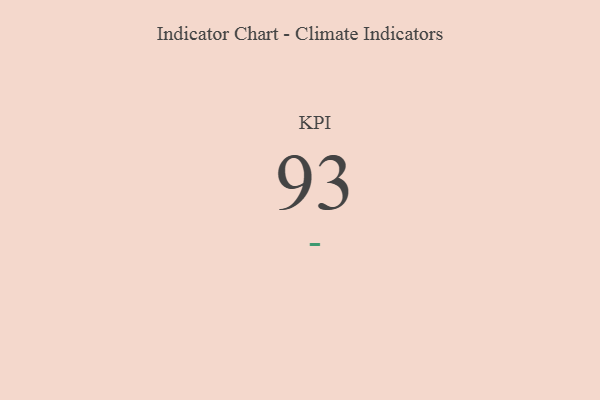
{"axis": {"x": "KPI", "y": "Value"}, "legend": [""], "data": [{"x": "KPI", "y": 93, "type": ""}]}